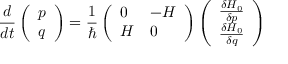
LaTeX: { \frac { d } { d t } } \left( \begin{array} { l } { { p } } \\ { { q } } \end{array} \right) = { \frac { 1 } { \hbar } } \left( \begin{array} { l l } { { 0 } } & { { - { \cal H } } } \\ { { { \cal H } } } & { { 0 } } \end{array} \right) \left( \begin{array} { l } { { { \frac { \delta H _ { 0 } } { \delta p } } } } \\ { { { \frac { \delta H _ { 0 } } { \delta q } } } } \end{array} \right)